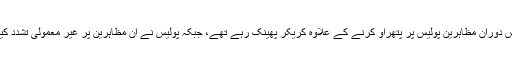
اس دوران مظاہرین پولیس پر پتھراو کرنے کے علاوہ کریکر پھینک رہے تھے، جبکہ پولیس نے ان مظاہرین پر غیر معمولی تشدد کیا۔